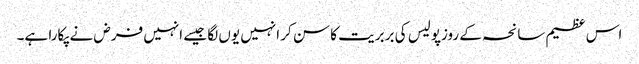
اس عظیم سانحہ کے روزپولیس کی بربریت کا سن کر انہیں یوں لگا جیسے انہیں فرض نے پکارا ہے۔